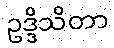
ဥဒ္ဒိသိတာ